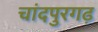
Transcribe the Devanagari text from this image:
चांदपुरगढ़